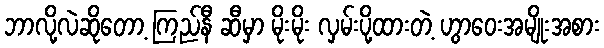
ဘာလို့လဲဆိုတော့ ကြည်နီ ဆီမှာ မိုးမိုး လှမ်းပို့ထားတဲ့ ဟွာဝေးအမျိုးအစား